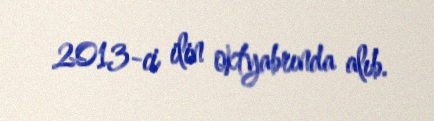
2013-ci ilin oktyabrında alıb.